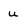
Character: u